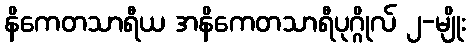
နိကေတသာရီယ အနိကေတသာရီပုဂ္ဂိုလ် ၂-မျိုး